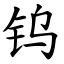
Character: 钨